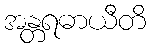
အန္တရဓာယီတိ